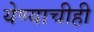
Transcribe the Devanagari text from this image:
येण्याचीही